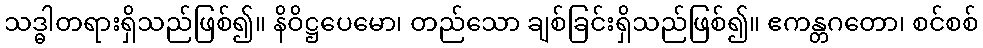
သဒ္ဓါတရားရှိသည်ဖြစ်၍။ နိဝိဋ္ဌပေမော၊ တည်သော ချစ်ခြင်းရှိသည်ဖြစ်၍။ ဧကန္တဂတော၊ စင်စစ်